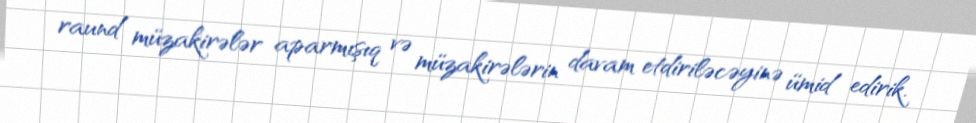
raund müzakirələr aparmışıq və müzakirələrin davam etdiriləcəyinə ümid edirik.